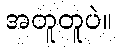
အတူတူပဲ။